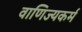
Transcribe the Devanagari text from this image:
वाणिज्यकर्म